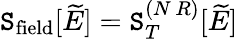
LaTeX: \mathtt{S}_{\mathrm{{field}}}[\widetilde{{E}}]=\mathtt{S}_{T}^{(N\, R)}[\widetilde{{E}}]